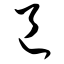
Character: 邑